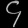
Digit: ၄